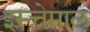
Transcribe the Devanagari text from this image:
इस्त्तेमाल